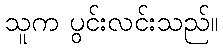
သူက ပွင်းလင်းသည်။